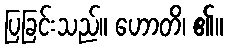
ပြခြင်းသည်။ ဟောတိ၊ ၏။